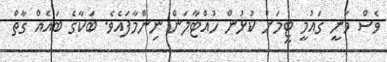
ވެސް ވަނީ ގައުމީ ޓީމަށް ކުޅުން ހުއްޓާލަން ނިންމާފައެވެ. ބަކާގެ ބައެއް ގާތް